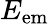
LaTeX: E_{\mathrm{em}}